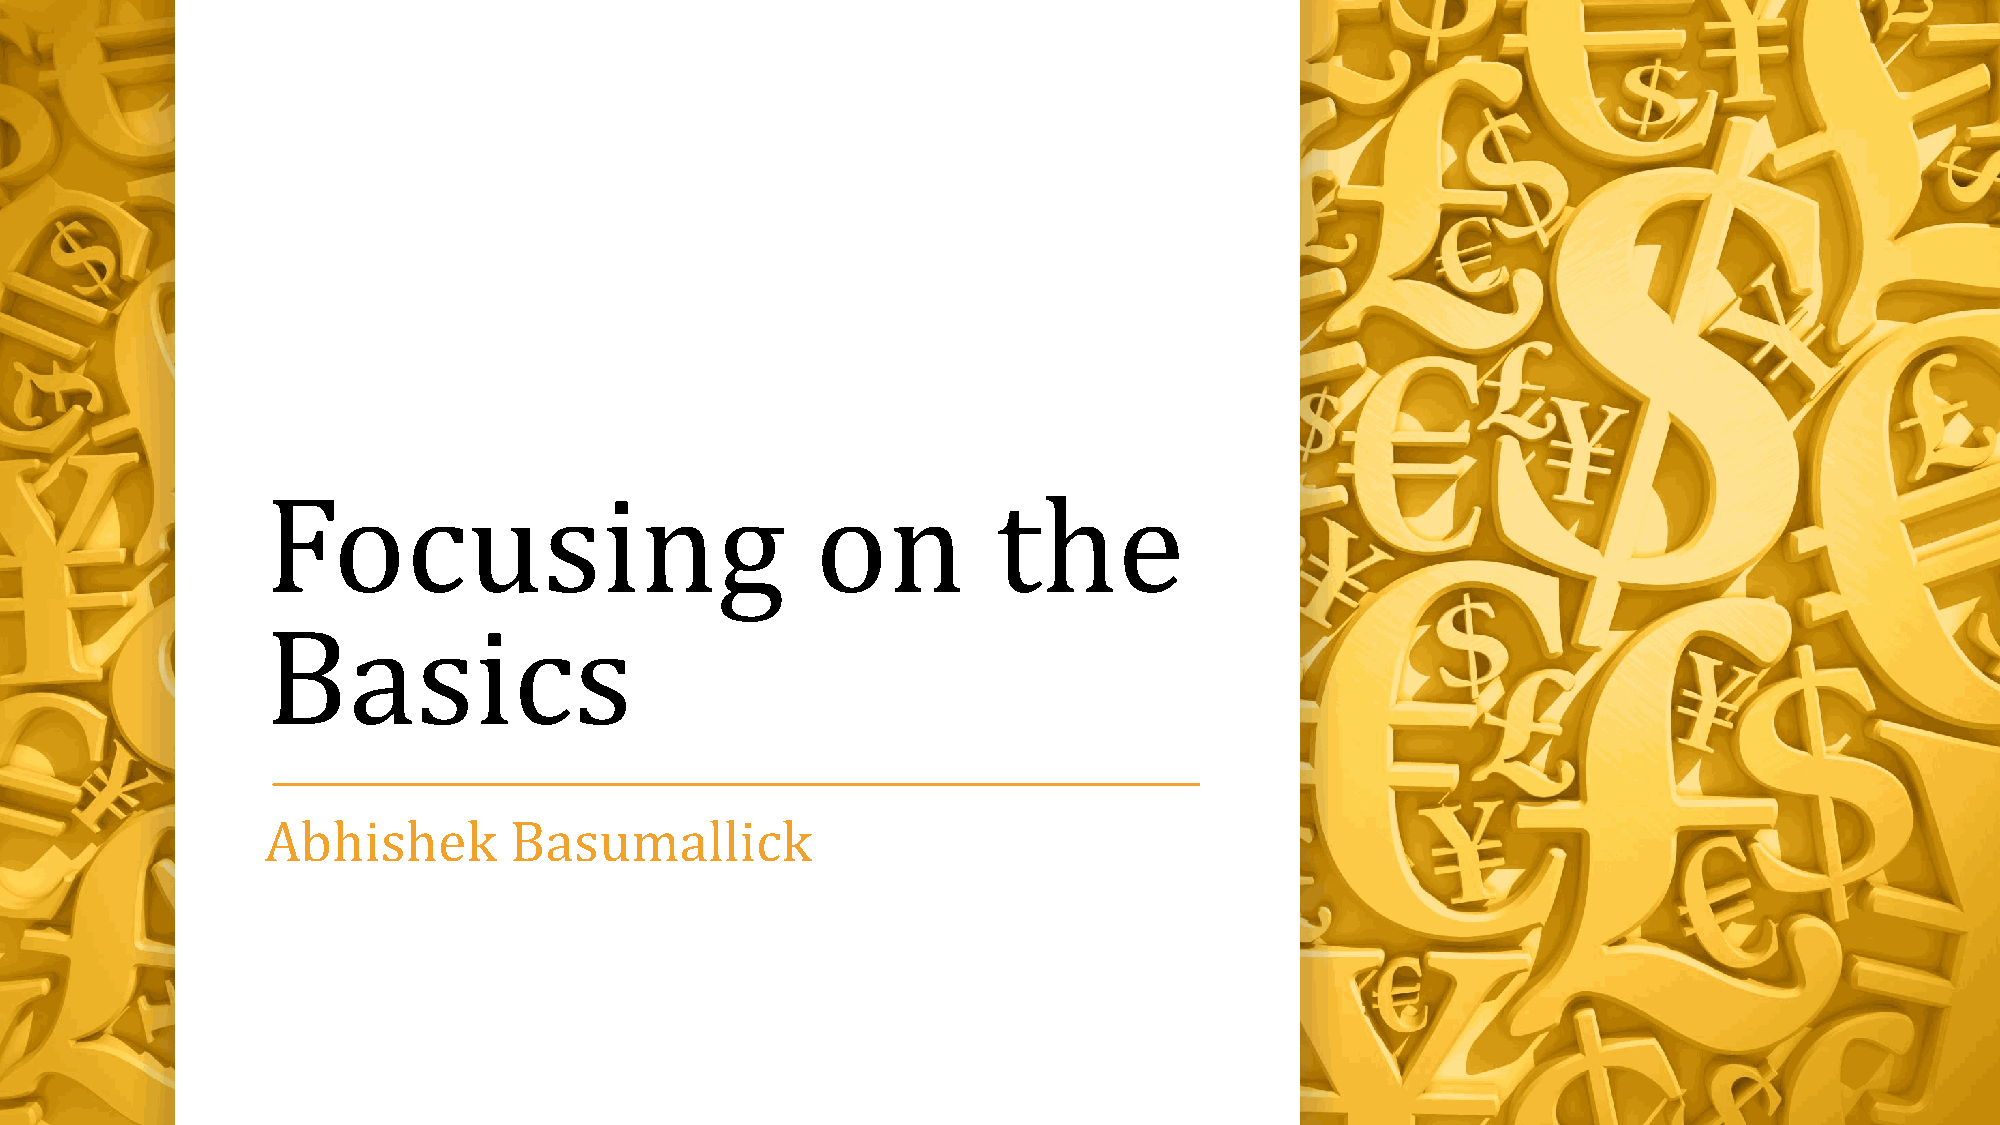
Focusing                            on          the
 Basics
 Abhishek        Basumallick